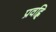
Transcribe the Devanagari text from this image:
प्रवह्लि